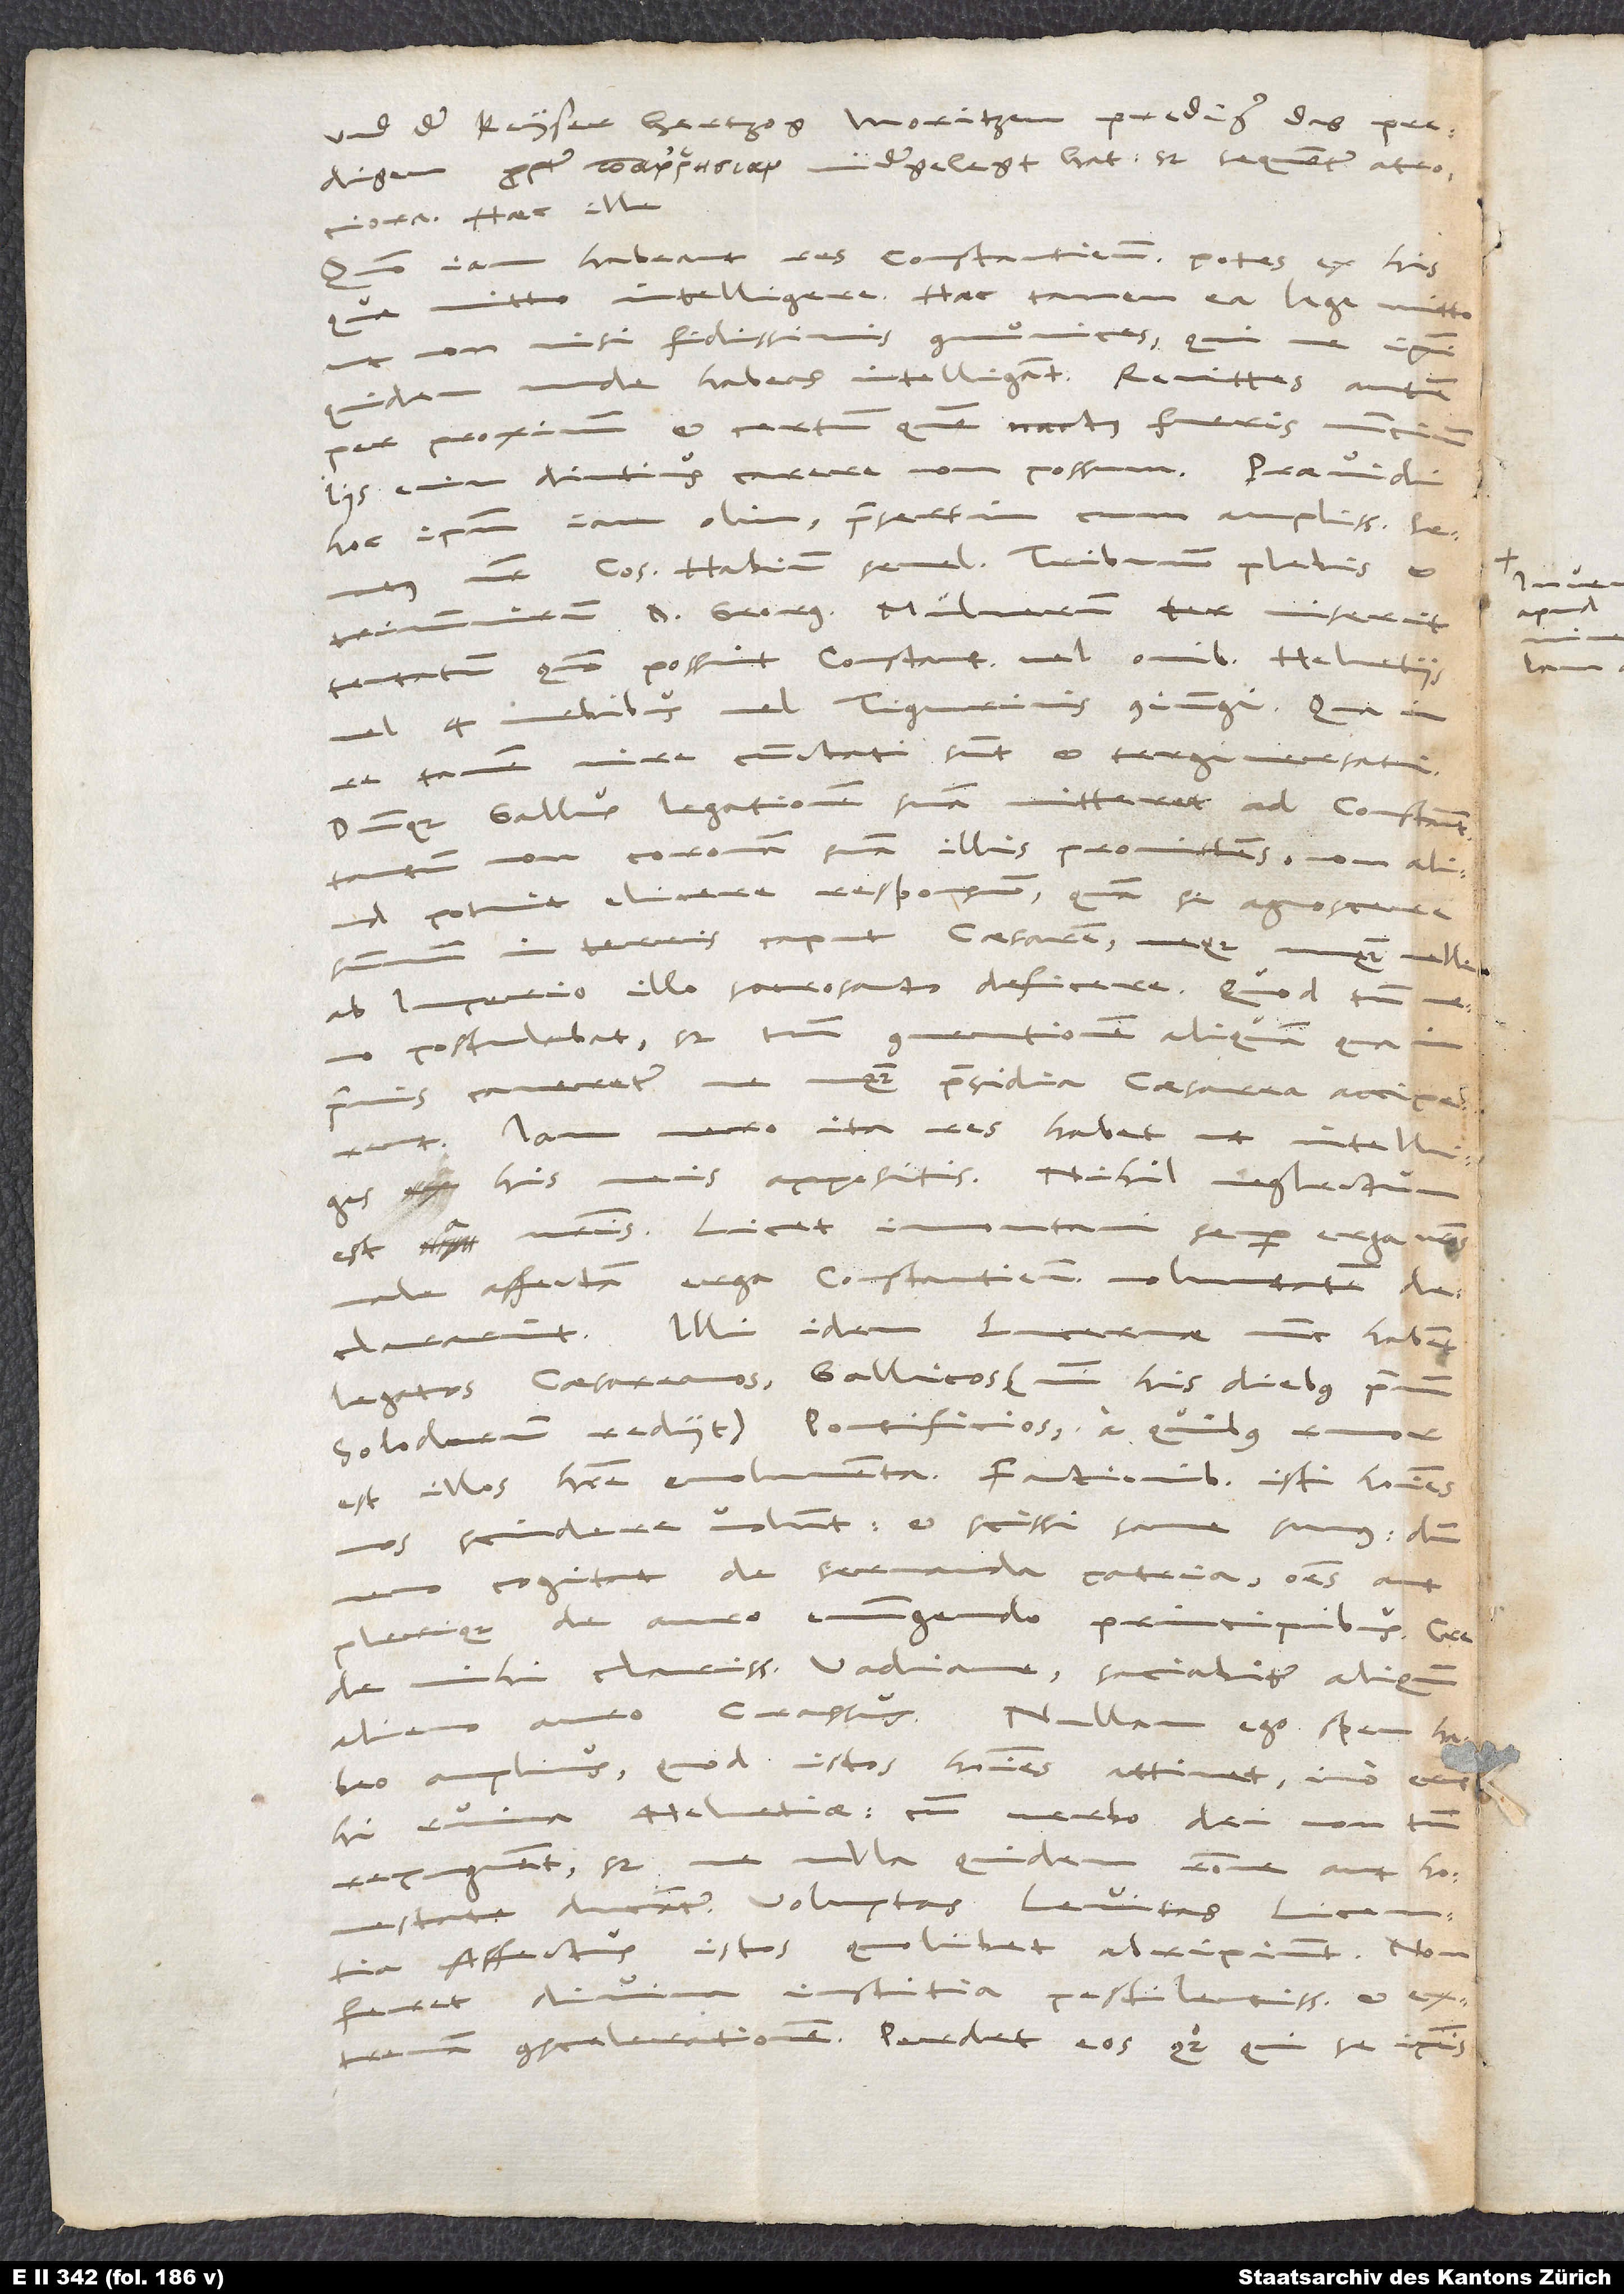
und der keyser hertzog Moritzen prediger das predigen
propter αν nidergelegt hat. Sed sequentur atrociora.“
Haec ille.
iam habeant res Constantiensium, potes ex his,
Quomodo
quae mitto, intelligere, haec tamen ea lege mitto,
ut non nisi fidissimis communices, qui ne ipsi
quidem, unde habeas, intelligant. Remittes autem
et certum, quem nactus fueris, nuncium.
per proximum
enim diutius carere non possum. Praevidi
hoc ipsum iam olim, praesertim cum amplissimus senatus
noster consulem Habium semel, tribunum plebis et
triumvirum d. Georgium Mülnerum ter miserit
tentatum, quomodo possint Constantienses vel omnibus Helvetiis,
vel 4 urbibus, vel Tigurinis coniungi. Qua in
tamen mire cunctati sunt et tergiversati.
Dumque Gallus legationem suam mitteret ad Constant,
tantum non coronam suam illis promittens, non aliud
potuit elicere responsum, quam se agnoscere
in terris caput caesarem, neque unquam velle
ab imperio illo sacrosancto deficere - quod tamen
postulabat, sed tantum conventionem aliquam, qua
inprimis caveretur, ne unquam praesidia caesarea acciperent.
Iam vero ita res habet, ut intelliges
est a nostris, licet Immontani semper erga nostros
male affectam erga Constantienses voluntatem
declararint. Illi idem Lucernae nunc habent
legatos caesareanos, Gallicos(nisi his diebus primum
Solodurum rediit), pontificios, a quibus rumor
est illos habere emolumenta. Factionibus isti homines
nos scindere volunt, et scissi sane sumus, dum
nemo cogitat de servanda patria, omnes aut
plerique de auro emungendo principibus. Crede
mihi, clarissime Vadiane, saciabitur aliquando
alieno auro Crassus. Nullam ego spem habeo
amplius, quod istos homines attinet. Imo erunt
hi ruina Helvetiae, cum verbo dei non tantum
repugnent, sed, ne ulla quidem ratione aut honestate
affectus istos quolibet abripiunt. Non
iustitia pestilentissimam et
feret divina
extremam conscelerationem. Perdet eos quoque, qui se ipsis